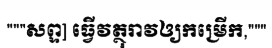
"""សព្ទ] ធ្វើវត្ថុរាវឲ្យកម្រើក,"""